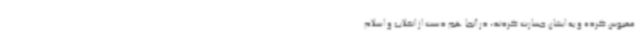
محبوس کرده و به ایشان جسارت کردند، در آنجا هم دست از انقلاب و اسلام